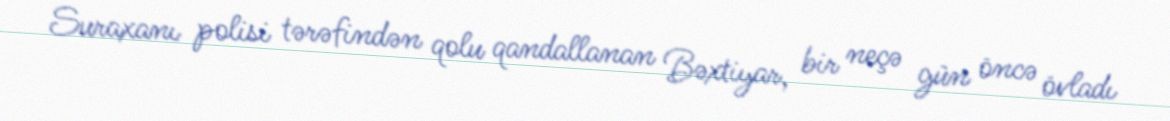
Suraxanı polisi tərəfindən qolu qandallanan Bəxtiyar, bir neçə gün öncə övladı